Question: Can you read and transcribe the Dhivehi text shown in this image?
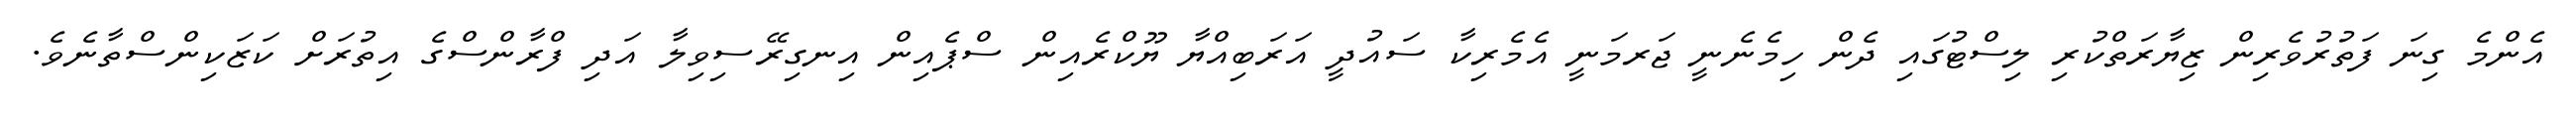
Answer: އެންމެ ގިނަ ފަތުރުވެރިން ޒިޔާރަތްކުރި ލިސްޓުގައި ދެން ހިމެނެނީ ޖަރމަނީ އެމެރިކާ ސައުދީ އަރަބިއްޔާ ޔޫކްރެއިން ސްޕެއިން އިނގިރޭސިވިލާ އަދި ފްރާންސްގެ އިތުރަށް ކަޒަކިންސްތާނެވެ.